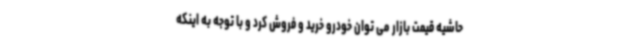
حاشیه قیمت بازار می توان خودرو خرید و فروش کرد و با توجه به اینکه